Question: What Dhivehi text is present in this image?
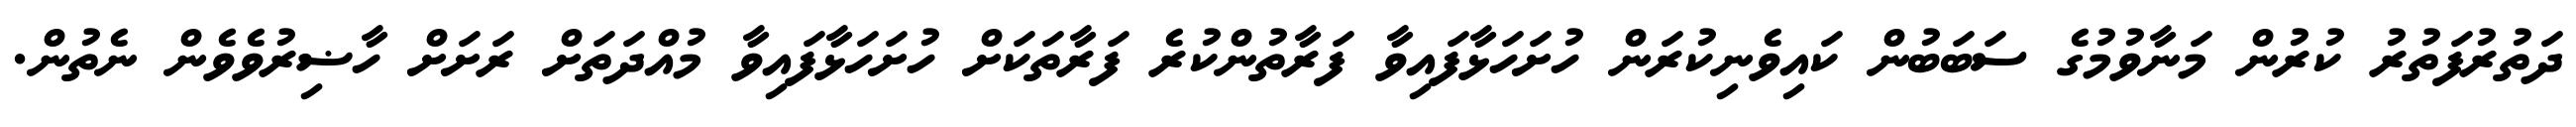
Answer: ދަތުރުފަތުރު ކުރުން މަނާވުމުގެ ސަބަބުން ކައިވެނިކުރަން ހުށަހަޅާފައިވާ ފަރާތުންކުރެ ފަރާތަކަށް ހުށަހަޅާފައިވާ މުއްދަތަށް ރަށަށް ހާޟިރުވެވެން ނެތުން.